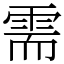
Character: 需